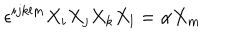
\epsilon ^ { i j k l m } X _ { i } X _ { j } X _ { k } X _ { l } = \alpha X _ { m }